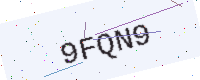
Text: 9FQN9